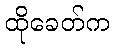
ထိုခေတ်က